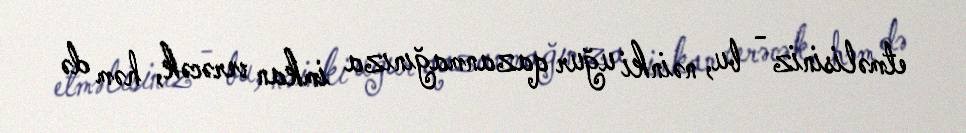
etməlisiniz - bu, nəinki uğur qazanmağınıza imkan verəcək, həm də